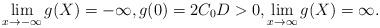
LaTeX: \begin{align*}\lim_{x\to -\infty} g(X) =-\infty, g(0)= 2C_0D>0, \lim_{x\to\infty}g(X)=\infty.\end{align*}